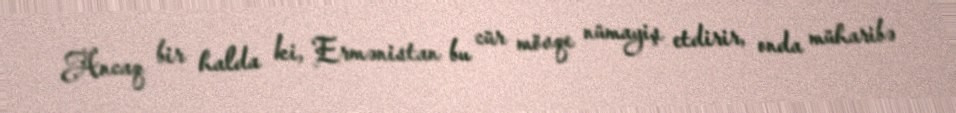
Ancaq bir halda ki, Ermənistan bu cür mövqe nümayiş etdirir, onda müharibə